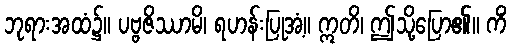
ဘုရားအထံ၌။ ပဗ္ဗဇိဿာမိ၊ ရဟန်းပြုအံ့။ ဣတိ၊ ဤသို့ပြော၏။ ကိံ